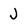
Character: J